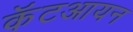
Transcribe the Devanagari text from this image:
कॅटआयन